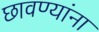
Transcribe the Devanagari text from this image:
छावण्यांना